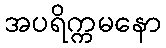
အပရိက္ကမနော